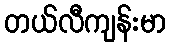
တယ်လီကျန်းမာ